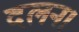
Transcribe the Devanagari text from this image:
दलन।